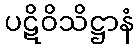
ပဋိဝိသိဋ္ဌာနံ